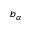
b _ { \alpha }